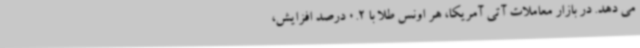
می دهد. در بازار معاملات آتی آمریکا، هر اونس طلا با 0.2 درصد افزایش،